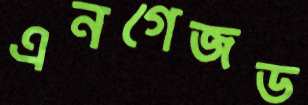
এনগেজড